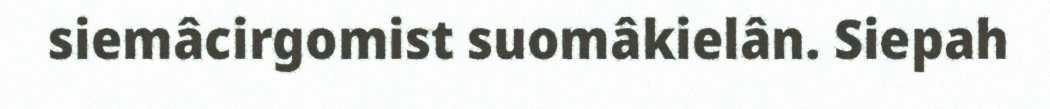
siemâcirgomist suomâkielân. Siepah